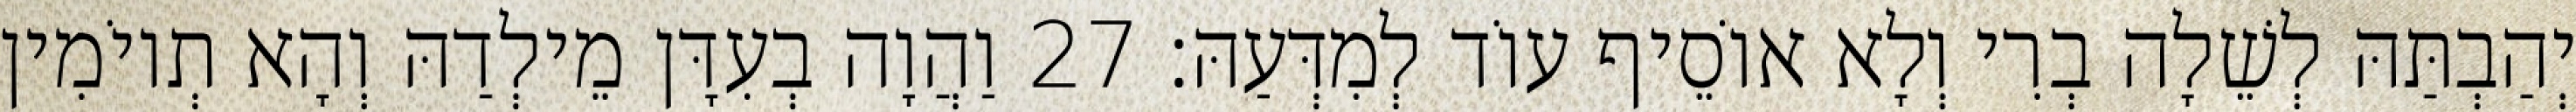
יְהַבְתַּהּ לְשֵׁלָה בְרִי וְלָא אוֹסֵיף עוֹד לְמִדְּעַהּ׃ 27 וַהֲוָה בְעִדָּן מֵילְדַהּ וְהָא תְיוֹמִין